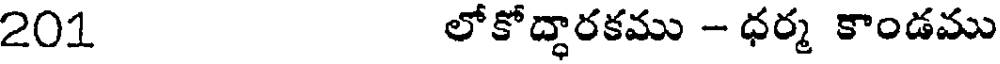
201 లోకోద్ధారకము - ధర్మ కాండము